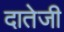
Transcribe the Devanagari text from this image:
दातेजी